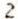
2